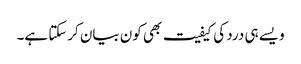
ویسے ہی درد کی کیفیت بھی کون بیان کرسکتا ہے۔